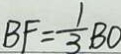
B F = \frac { 1 } { 3 } B O